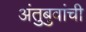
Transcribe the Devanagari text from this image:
अंतुबुवांची